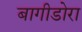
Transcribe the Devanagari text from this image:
बागीडोरा